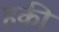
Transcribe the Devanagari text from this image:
हकी